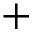
+